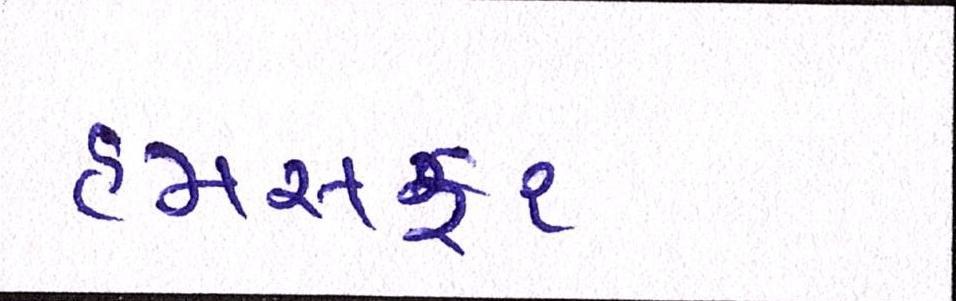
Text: હમસફર